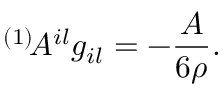
^ { ( 1 ) } \! { \cal A } ^ { i l } g _ { i l } = - \frac { A } { 6 \rho } .